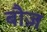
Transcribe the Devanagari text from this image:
बौज़